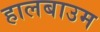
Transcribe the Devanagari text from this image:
हालबाउम